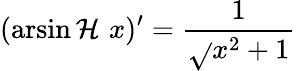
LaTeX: (\operatorname{arsin\mathcal{H}}\, x)^{\prime}={\frac{{1}}{{\sqrt{}{{x^{2}+1}}}}}